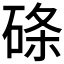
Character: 𥓃